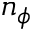
n _ { \phi }